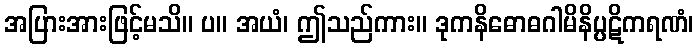
အပြားအားဖြင့်မသိ။ ပ။ အယံ၊ ဤသည်ကား။ ဒုကနိဓောဓဂါမိနိပ္ပဋိကရဏံ၊